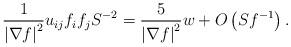
LaTeX: \begin{align*}\frac{1}{\left\vert \nabla f\right\vert ^{2}}u_{ij}f_{i}f_{j}S^{-2}=\frac{5}{\left\vert \nabla f\right\vert ^{2}}w+O\left( Sf^{-1}\right) . \end{align*}